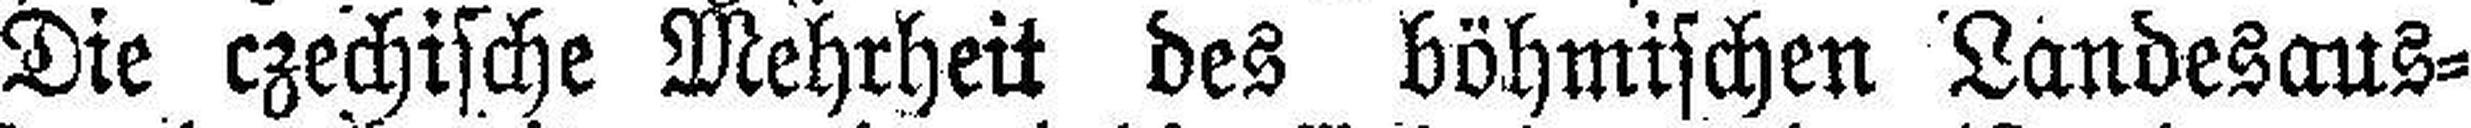
Die czechische Mehrheit des böhmischen Landesaus¬